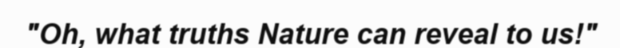
"Oh, what truths Nature can reveal to us!"